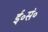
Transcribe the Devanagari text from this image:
ई॰सं॰